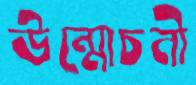
উন্মোচনী